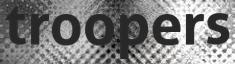
troopers